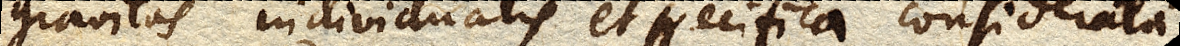
gravitas individualis et specifica considerata